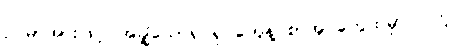
ဥပမာအားဖြင့်၊ အချို့သောရုပ်ရှင်တွေနဲ့ စာအုပ်တွေထဲမှာ ပါတဲ့